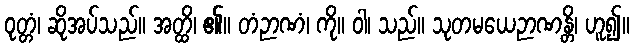
ဝုတ္တံ၊ ဆိုအပ်သည်။ အတ္ထိ၊ ၏။ တံဉာဏံ၊ ကို။ ဝါ၊ သည်။ သုတမယေဉာဏန္တိ၊ ဟူ၍။